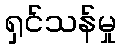
ရှင်သန်မှု